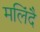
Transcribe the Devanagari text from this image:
मलिंदै